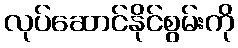
လုပ်ဆောင်နိုင်စွမ်းကို